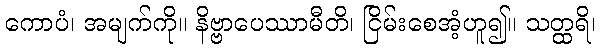
ကောပံ၊ အမျက်ကို။ နိဗ္ဗာပေဿာမီတိ၊ ငြိမ်းစေအံ့ဟူ၍။ သတ္ထရိ၊